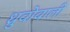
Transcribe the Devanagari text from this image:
ध्रुवोवाली